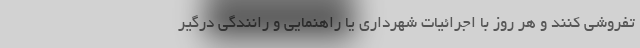
تفروشی کنند و هر روز با اجرائیات شهرداری یا راهنمایی و رانندگی درگیر